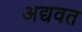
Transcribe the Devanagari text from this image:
अद्यवत